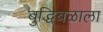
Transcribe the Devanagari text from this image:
बुद्धिबळाला